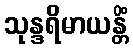
သုန္ဒရိမာယန္တိံ